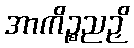
အာကိဉ္စညဉှိ